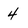
Character: 4